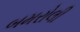
બમરોલી